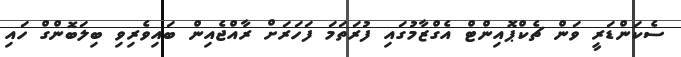
ސެކަންޑަރީ ވަން ޗެކްޕޮއިންޓް އެގްޒާމުގައި ފުރަތަމަ ފަހަރަށް ރާއްޖެއިން ބައިވެރިވި ބިލަބޮންގް ހައި